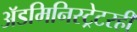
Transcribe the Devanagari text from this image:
अॅडमिनिस्ट्रेटरही